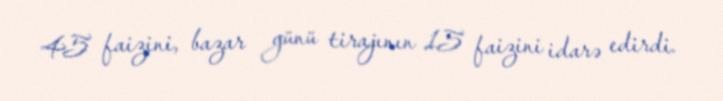
45 faizini, bazar günü tirajının 15 faizini idarə edirdi.